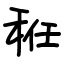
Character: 秹